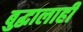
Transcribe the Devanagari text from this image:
बुद्धालाही